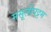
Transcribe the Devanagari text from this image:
मसूलीपट्टम